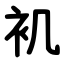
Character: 䘛